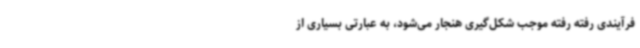
فرآیندی رفته رفته موجب شکل‌گیری هنجار می‌شود، به عبارتی بسیاری از